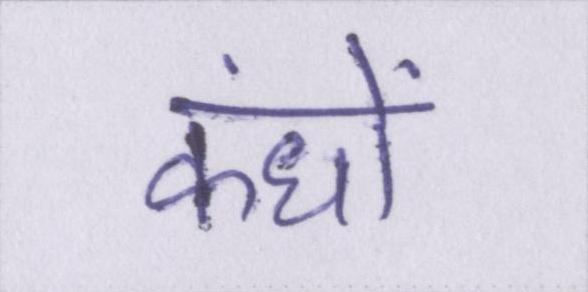
कंधों